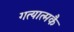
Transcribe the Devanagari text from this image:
गत्यात्मकै